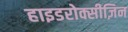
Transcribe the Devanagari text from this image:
हाइडरोक्सीज़िन